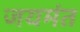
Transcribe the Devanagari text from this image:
जयमंत